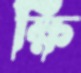
ক্ষি